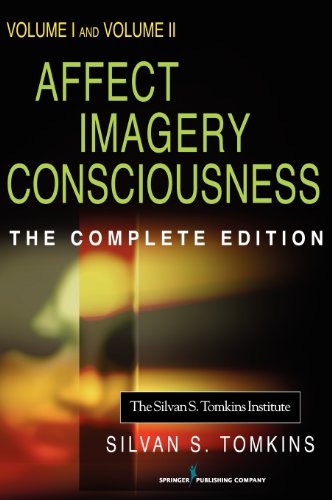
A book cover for Affect Imagery Consciousness: Volume I: The Positive Affects and Volume II: The Negative Affects; Silvan S. Tomkins PhD; Medical Books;